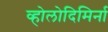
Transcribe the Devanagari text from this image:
व्होलोदिमिर्ना